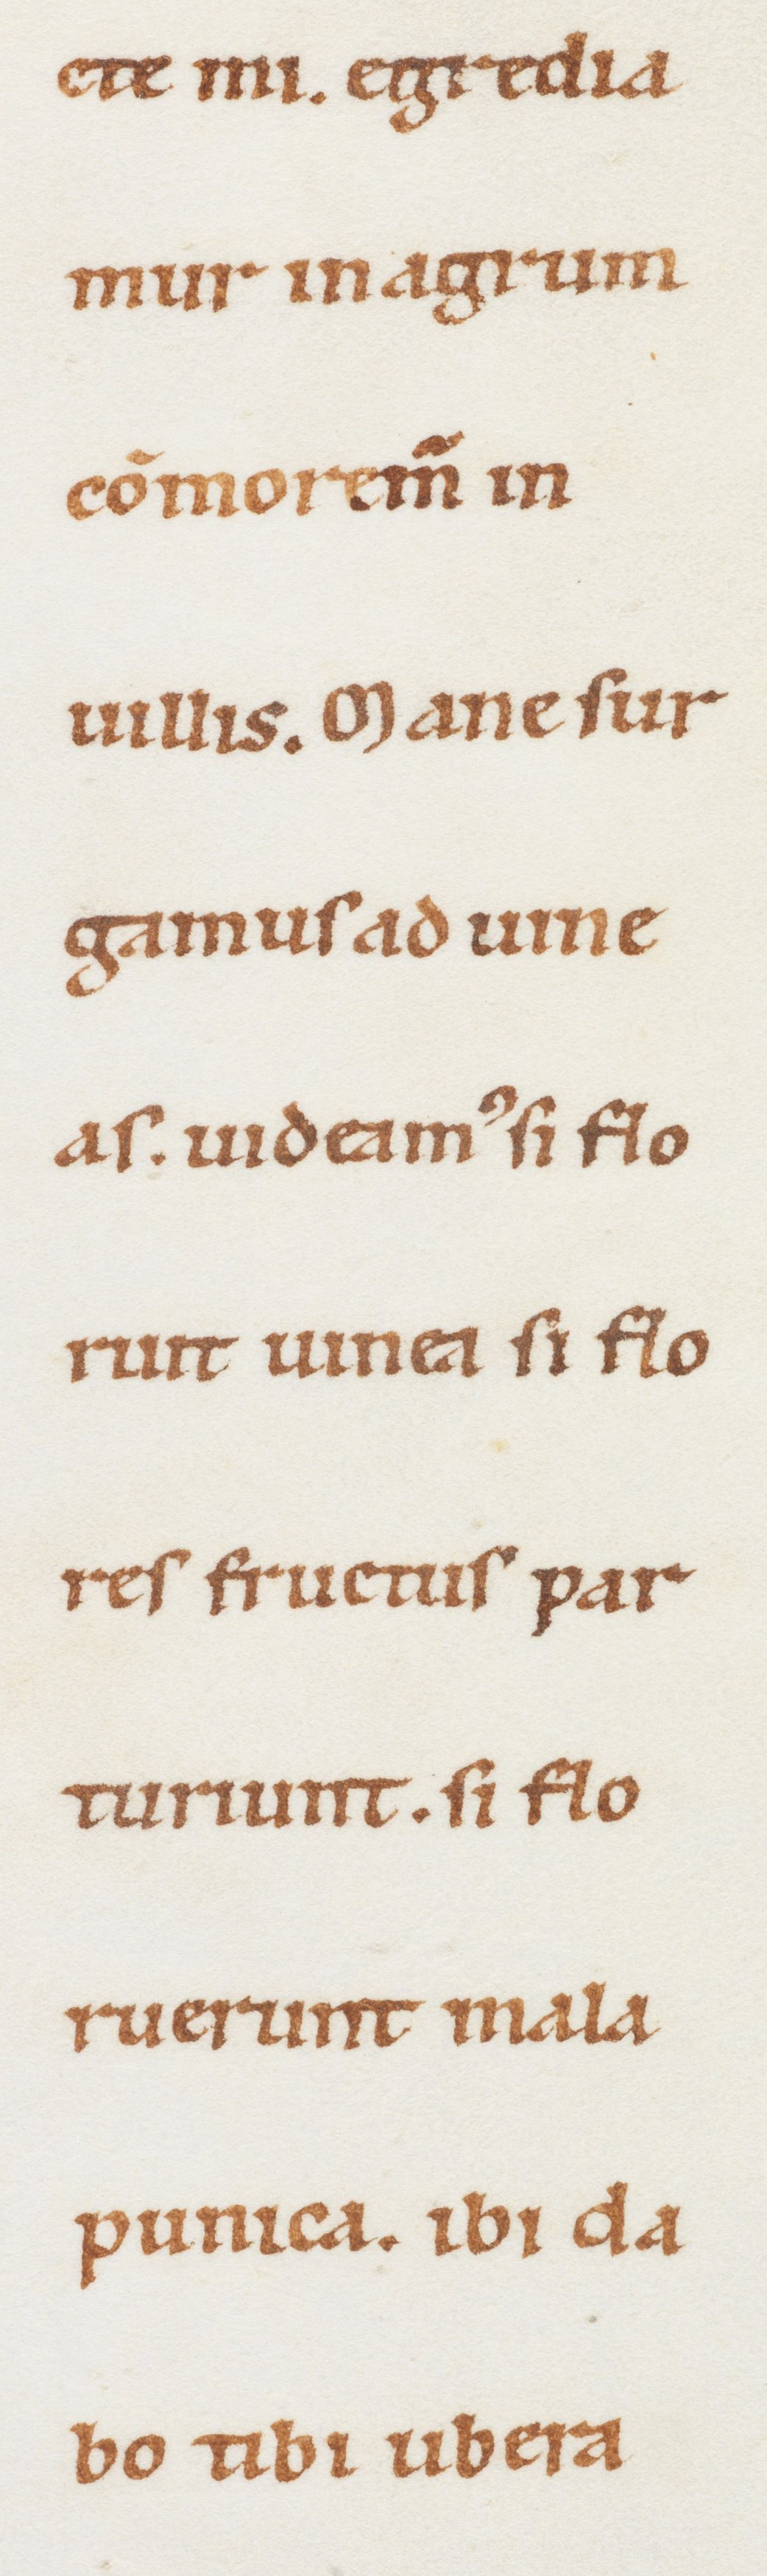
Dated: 1100–1199